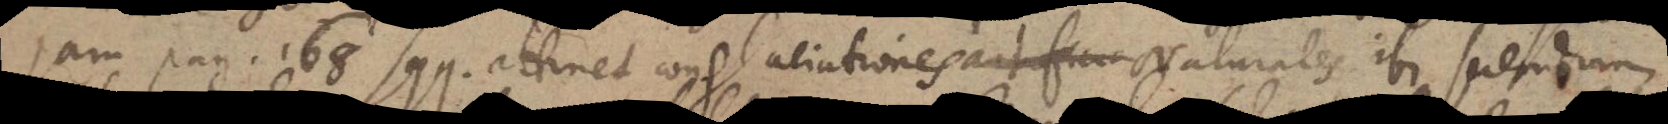
jam pag. 168 sqq. attinet conglaciationes Naturales ibi sciendum